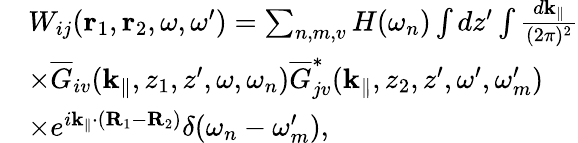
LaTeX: \begin{array}{rl}&{W_{ij}({\mathbf r}_{1},{\mathbf r}_{2},\omega,\omega^{\prime})=\sum_{n,m,v}H(\omega_{n})\int dz^{\prime}\int\frac{d{{\mathbf k}_{\parallel}}}{(2\pi)^{2}}}\\ &{\times\overline{G}_{iv}({{\mathbf k}_{\parallel}},z_{1},z^{\prime},\omega,\omega_{n})\overline{G}_{jv}^{*}({{\mathbf k}_{\parallel}},z_{2},z^{\prime},\omega^{\prime},\omega_{m}^{\prime})}\\ &{\times e^{i{{\mathbf k}_{\parallel}}\cdot({\mathbf R}_{1}-{\mathbf R}_{2})}\delta(\omega_{n}-\omega_{m}^{\prime}),}\end{array}